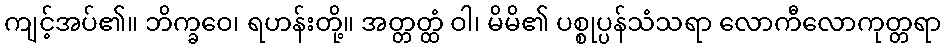
ကျင့်အပ်၏။ ဘိက္ခဝေ၊ ရဟန်းတို့။ အတ္တတ္ထံ ဝါ၊ မိမိ၏ ပစ္စုပ္ပန်သံသရာ လောကီလောကုတ္တရာ